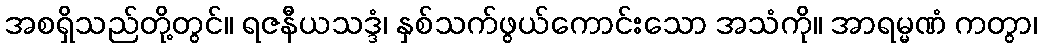
အစရှိသည်တို့တွင်။ ရဇနီယသဒ္ဒံ၊ နှစ်သက်ဖွယ်ကောင်းသော အသံကို။ အာရမ္မဏံ ကတွာ၊